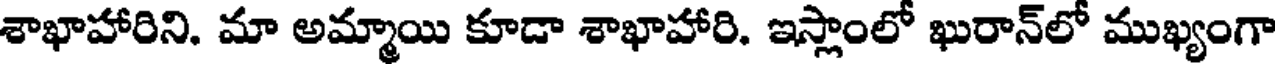
శాఖాహారిని. మా అమ్మాయి కూడా శాఖాహారి. ఇస్లాంలో ఖురాన్లో ముఖ్యంగా